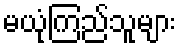
မယုံကြည်သူများ